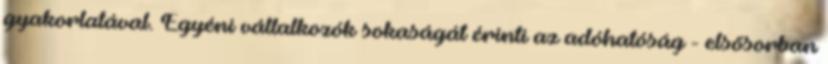
gyakorlatával. Egyéni vállalkozók sokaságát érinti az adóhatóság - elsősorban